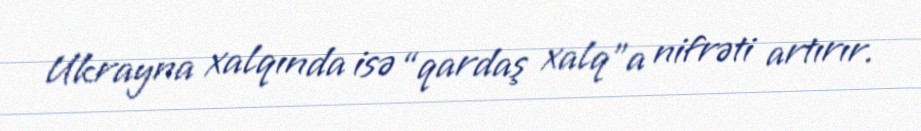
Ukrayna xalqında isə “qardaş xalq”a nifrəti artırır.